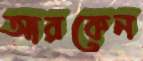
আরকেন